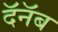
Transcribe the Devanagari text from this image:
दॅनॅब